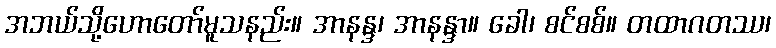
အဘယ်သို့ဟောတော်မူသနည်း။ အာနန္ဒ၊ အာနန္ဒာ။ ခေါ၊ စင်စစ်။ တထာဂတဿ၊